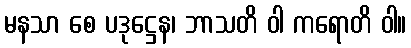
မနသာ စေ ပဒုဋ္ဌေန၊ ဘာသတိ ဝါ ကရောတိ ဝါ။